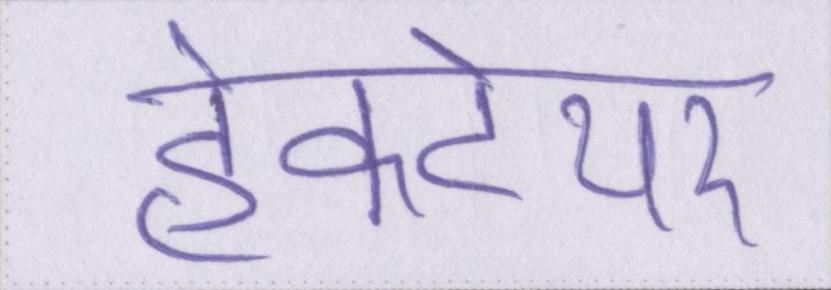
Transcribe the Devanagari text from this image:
हेक्टेयर